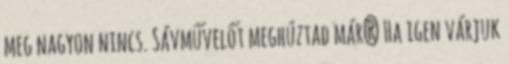
meg nagyon nincs. Sávművelőt meghúztad már? Ha igen várjuk